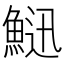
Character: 𩷰